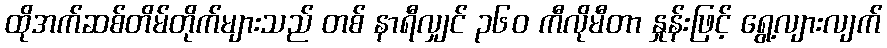
ထိုအက်ဆစ်တိမ်တိုက်များသည် တစ် နာရီလျှင် ၃၆၀ ကီလိုမီတာ နှုန်းဖြင့် ရွေ့လျားလျက်